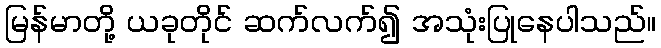
မြန်မာတို့ ယခုတိုင် ဆက်လက်၍ အသုံးပြုနေပါသည်။